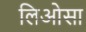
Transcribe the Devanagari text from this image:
लिओसा